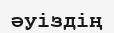
әуіздің